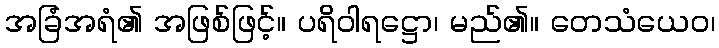
အခြံအရံ၏ အဖြစ်ဖြင့်။ ပရိဝါရဋ္ဌော၊ မည်၏။ တေသံယေဝ၊